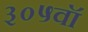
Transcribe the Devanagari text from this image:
३०५वॉ